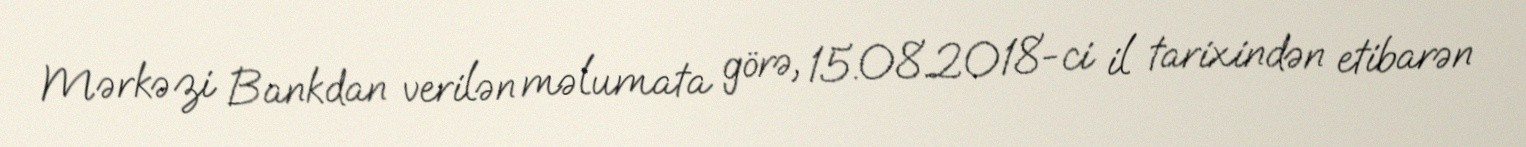
Mərkəzi Bankdan verilən məlumata görə, 15.08.2018-ci il tarixindən etibarən